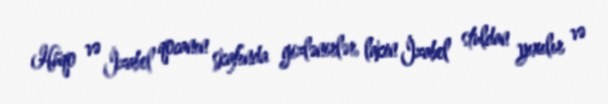
Hüqo və İzabel qocanın şkafında gizlənirlər, lakin İzabel stuldan yıxılır və